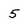
Character: 5